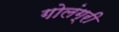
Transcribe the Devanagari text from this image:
गोलंग्री